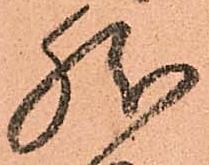
然